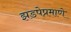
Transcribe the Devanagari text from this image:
झडपेप्रमाणे